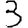
Digit: 3